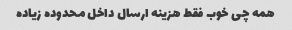
همه چی خوب فقط هزینه ارسال داخل محدوده زیاده